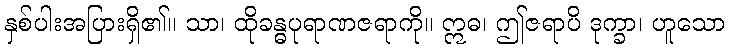
နှစ်ပါးအပြားရှိ၏။ သာ၊ ထိုခန္ဓပုရာဏဇရာကို။ ဣဓ၊ ဤဇရာပိ ဒုက္ခာ၊ ဟူသော